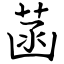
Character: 菡